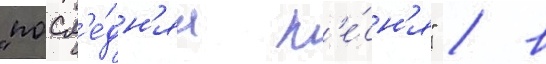
"посл'е́дн'яа п'е́сн'я" / в